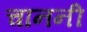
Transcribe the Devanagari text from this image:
चाननी